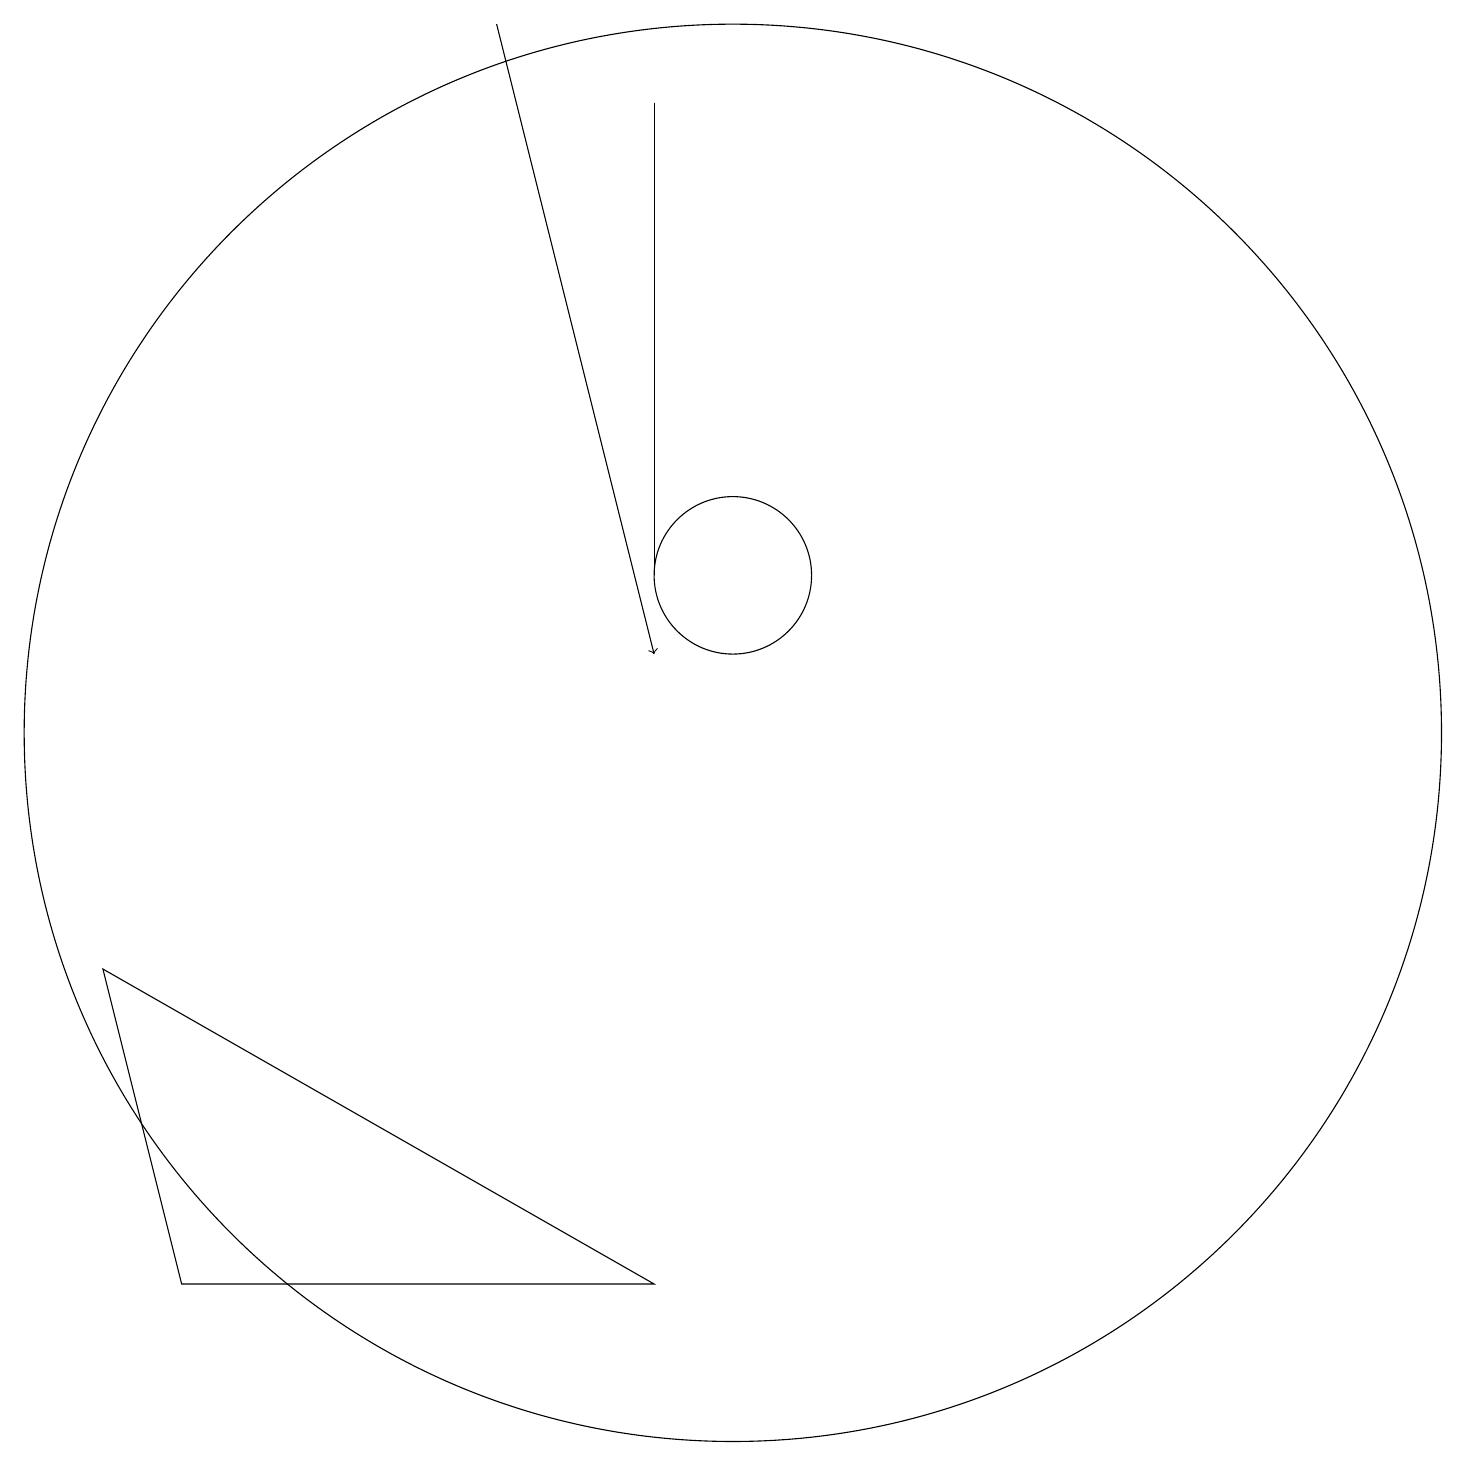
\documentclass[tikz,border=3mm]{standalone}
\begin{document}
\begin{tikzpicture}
\draw[->] (7,19) -- (9,11);
\draw (10,12) circle (1);
\draw (11,11) circle (0);
\draw (9,3) -- (3,3) -- (2,7) -- cycle;
\draw (10,10) circle (9);
\draw (9,12) rectangle (9,18);
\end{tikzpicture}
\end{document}